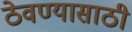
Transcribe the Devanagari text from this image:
ठेवण्‍यासाठी